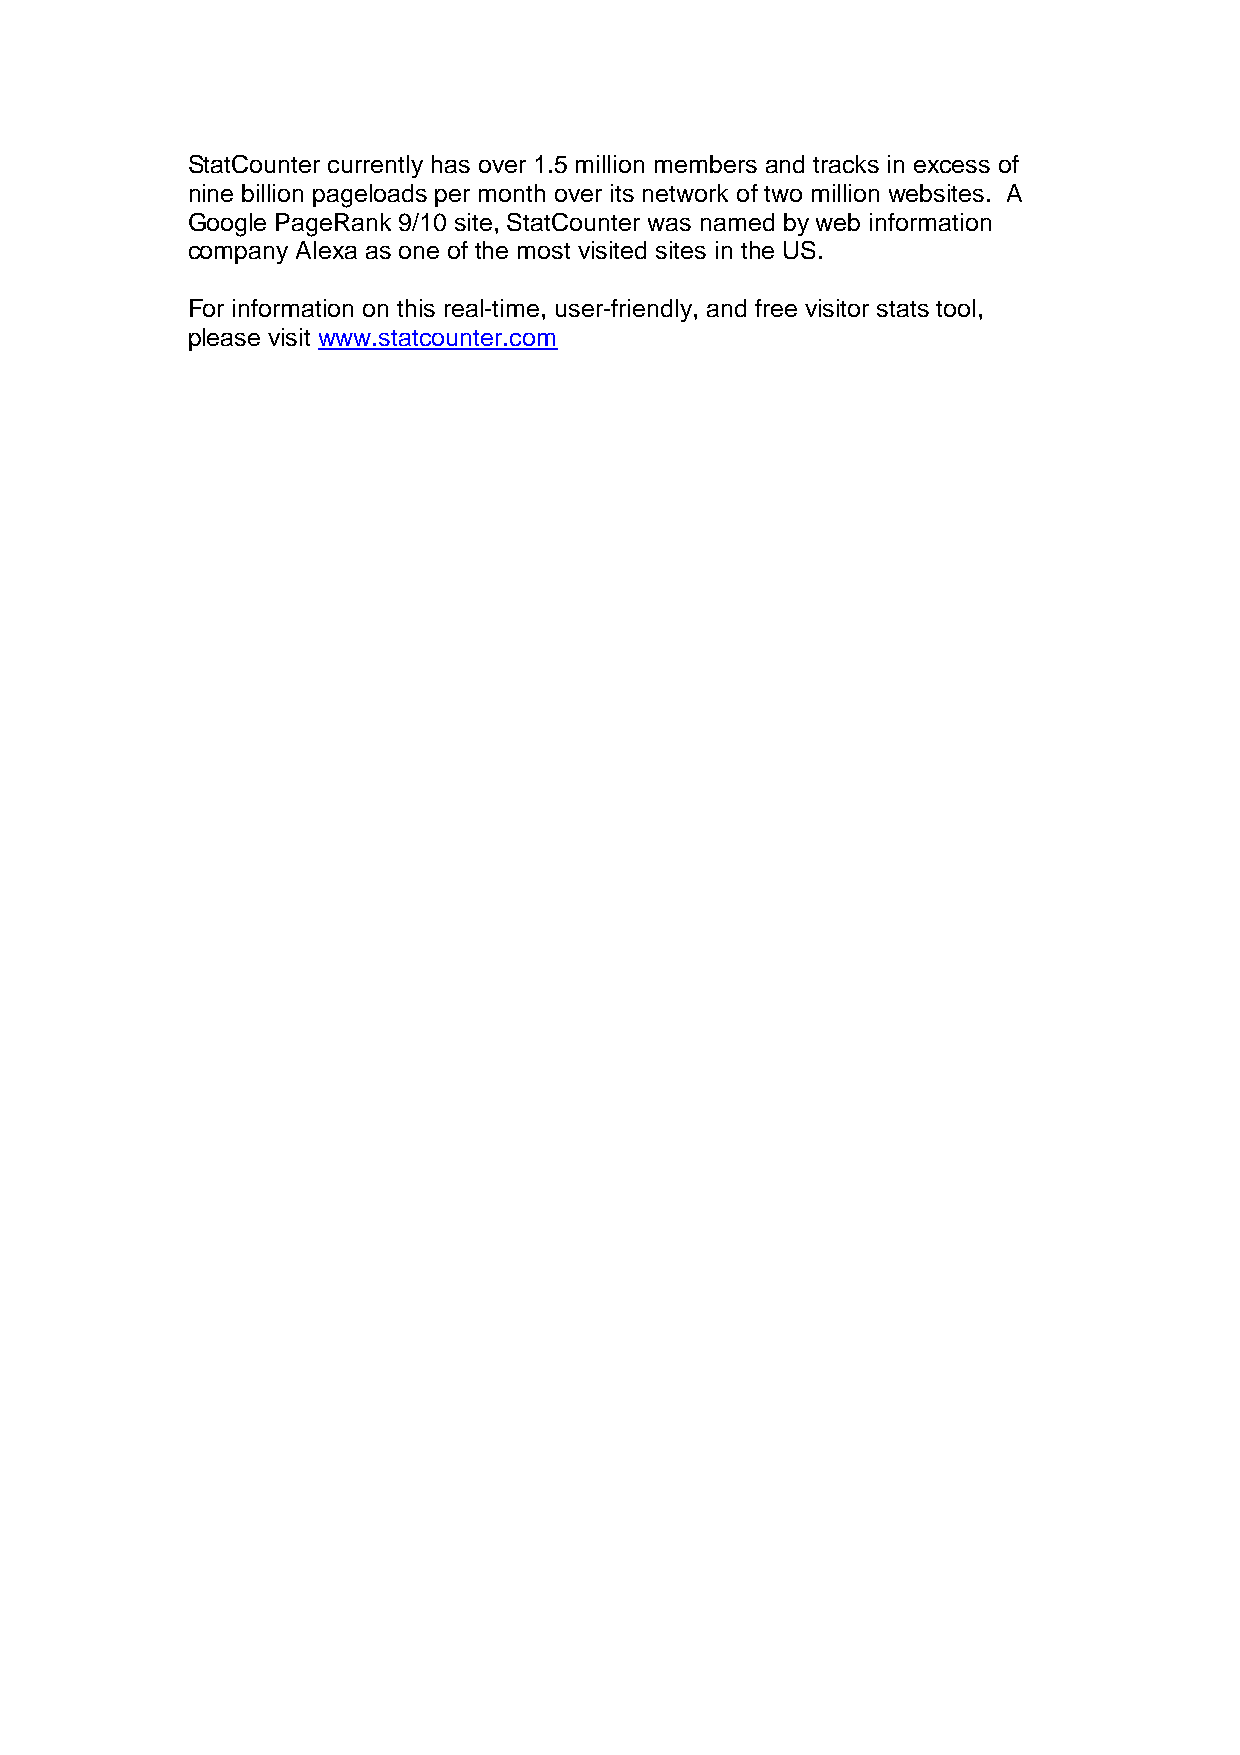
StatCounter currently has over 1.5 million members and tracks in excess of
 nine billion pageloads per month over its network of two million websites. A
 Google PageRank 9/10 site, StatCounter was named by web information
 company Alexa as one of the most visited sites in the US.
 For information on this real-time, user-friendly, and free visitor stats tool,
 please visit www.statcounter.com